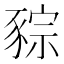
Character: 䝋